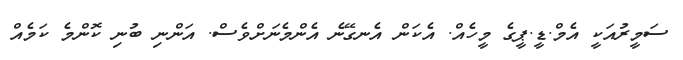
ސަމީރުއަކީ އެމް.ޑީ.ޕީގެ މީހެއް. އެކަން އެނގޭނެ އެންމެނަށްވެސް. އަންނި ބުނި ކޮންމެ ކަމެއް